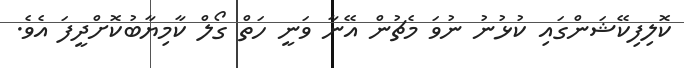
ކޮލިފިކޭޝަންގައި ކުޅުނު ނުވަ މެޗުން އޭނާ ވަނީ ހަތް ގޯލް ކާމިޔާބުކޮށްދީފަ އެވެ.